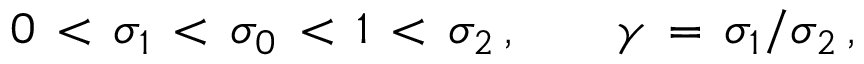
0 \, < \, \sigma _ { 1 } \, < \, \sigma _ { 0 } \, < \, 1 \, < \, \sigma _ { 2 } \, , \qquad \gamma \, = \, \sigma _ { 1 } / \sigma _ { 2 } \, ,